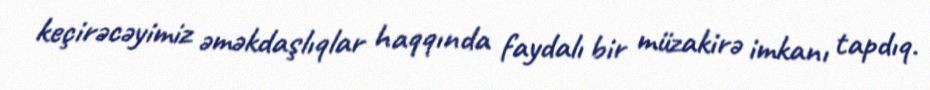
keçirəcəyimiz əməkdaşlıqlar haqqında faydalı bir müzakirə imkanı tapdıq.